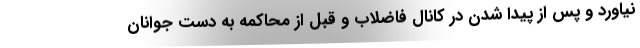
نیاورد و پس از پیدا شدن در کانال فاضلاب و قبل از محاکمه به دست جوانان